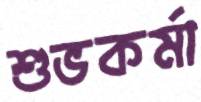
শুভকর্মা